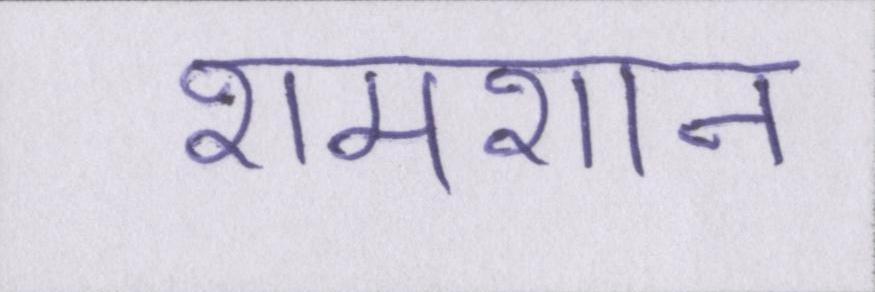
शमशान